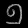
Digit: ၅